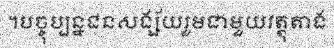
។បច្ចុប្បន្នជនសង្ស័យរួមជាមួយវត្ថុតាង